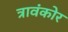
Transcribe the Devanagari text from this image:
त्रावंकोर